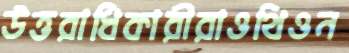
উত্তরাধিকারীরাওথিওন